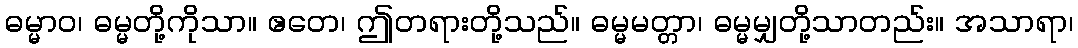
ဓမ္မာဝ၊ ဓမ္မတို့ကိုသာ။ ဧတေ၊ ဤတရားတို့သည်။ ဓမ္မမတ္တာ၊ ဓမ္မမျှတို့သာတည်း။ အသာရာ၊